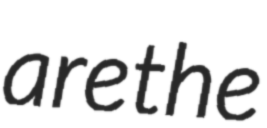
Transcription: are the